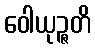
ဝေါယုဉ္ဇတိ